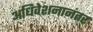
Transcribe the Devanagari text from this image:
अधिवेशनानंतर